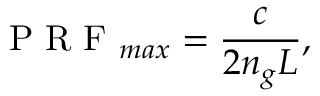
\mathrm { ~ P ~ R ~ F ~ } _ { m a x } = \frac { c } { 2 n _ { g } L } ,